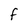
Character: F